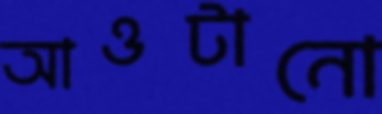
আওটানো